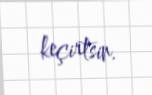
keçirtsin.